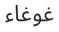
غوغاء